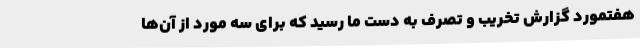
هفتمورد گزارش تخریب و تصرف به دست ما رسید که برای سه مورد از آن‌ها